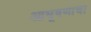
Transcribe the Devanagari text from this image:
आभूषणाचा